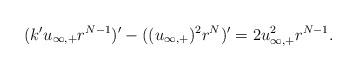
LaTeX: \begin{align*}(k' u_{\infty,+}r^{N-1})' -((u_{\infty,+})^2 r^N)' = 2 u_{\infty,+}^2 r^{N-1}.\end{align*}